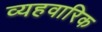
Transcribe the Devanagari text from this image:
व्यहवारिक